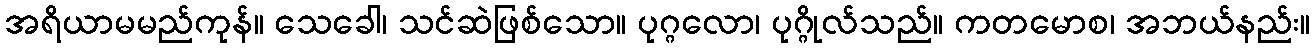
အရိယာမမည်ကုန်။ သေခေါ၊ သင်ဆဲဖြစ်သော။ ပုဂ္ဂလော၊ ပုဂ္ဂိုလ်သည်။ ကတမောစ၊ အဘယ်နည်း။